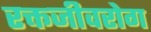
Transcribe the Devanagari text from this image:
रक्तजीवरोग